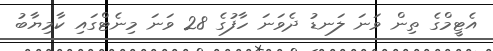
އެޓީމްގެ ތިން ވަނަ ލަނޑު ދެވަނަ ހާފުގެ 28 ވަނަ މިނެޓްގައި ކާމިޔާބު